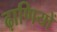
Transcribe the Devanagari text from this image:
ढ़ाणियों